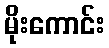
မိုးကောင်း